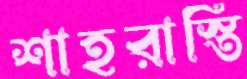
শাহরাস্তি